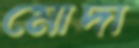
মোদা